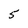
Character: 5